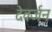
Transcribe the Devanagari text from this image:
देवर्जन